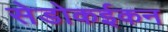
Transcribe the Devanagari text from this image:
सेडोकईकन